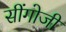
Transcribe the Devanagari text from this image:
सींगोजी